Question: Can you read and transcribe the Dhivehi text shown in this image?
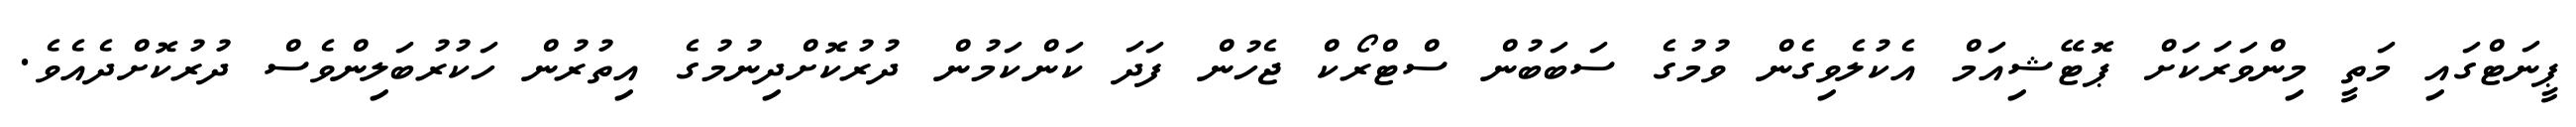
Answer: ޕީނަޓްގައި މަތީ މިންވަރަކަށް ޕޮޓޭޝިއަމް އެކުލެވިގެން ވުމުގެ ސަބަބުން ސްޓްރޯކް ޖެހުން ފަދަ ކަންކަމުން ދުރުކޮށްދިނުމުގެ އިތުރުން ހަކުރުބަލިންވެސް ދުރުކޮށްދެއެވެ.